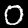
Digit: 0